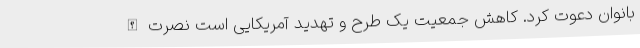
بانوان دعوت کرد. کاهش جمعیت یک طرح و تهدید آمریکایی است نصرت‌الله